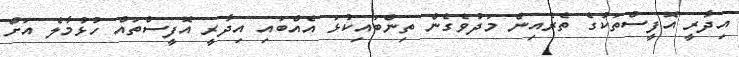
އިދާރީ އޮފީސްތަކުގެ ތެރެއިން މަދުވެގެން ތިންބައިކުޅަ އެއްބައި އިދާރީ އޮފީސްތައް ހުޅުމާލެ އަށް